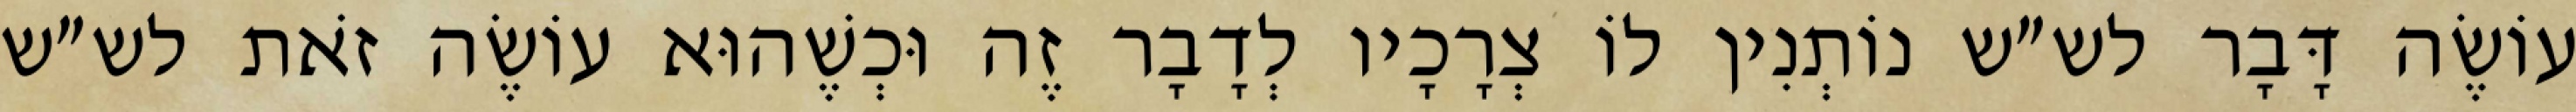
עוֹשֶׂה דָּבָר לש״ש נוֹתְנִין לוֹ צְרָכָיו לְדָבָר זֶה וּכְשֶׁהוּא עוֹשֶׂה זֹאת לש״ש